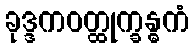
ခုဒ္ဒကဝတ္ထုက္ခန္ဓကံ